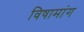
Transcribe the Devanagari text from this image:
विषामांग